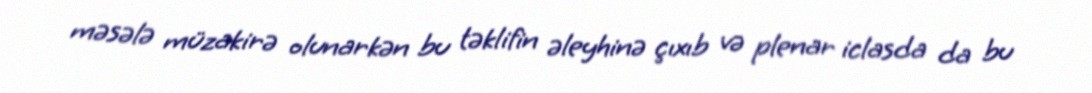
məsələ müzakirə olunarkən bu təklifin əleyhinə çıxıb və plenar iclasda da bu